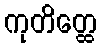
ကုတိတ္ထေ